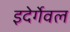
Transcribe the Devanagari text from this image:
इदेर्गेवल